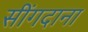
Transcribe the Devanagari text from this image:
सींगदाना